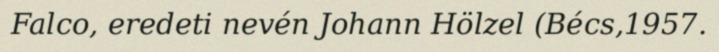
Falco, eredeti nevén Johann Hölzel (Bécs,1957.